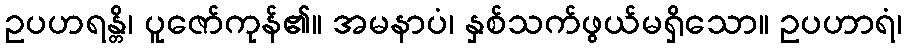
ဥပဟရန္တိ၊ ပူဇော်ကုန်၏။ အမနာပံ၊ နှစ်သက်ဖွယ်မရှိသော။ ဥပဟာရံ၊